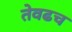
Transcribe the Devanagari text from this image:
तेवढच